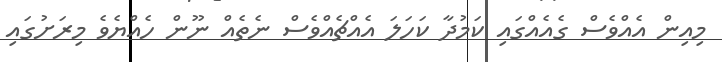
މިއިން އެއްވެސް ގެއެއްގައި ކަމުދާ ކަހަލަ އެއްޗެއްވެސް ނެތެއް ނޫން ހެއްޔެވެ މިރަށުގައި